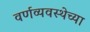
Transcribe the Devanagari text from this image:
वर्णव्यवस्थेच्या